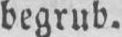
begrub.